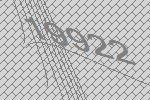
19922